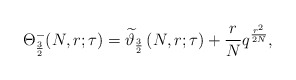
\begin{align*}\Theta_{\frac32}^-(N,r;\tau)=\widetilde{\vartheta}_{\frac32}\left(N,r;\tau\right)+\frac rNq^{\frac{r^2}{2N}},\end{align*}